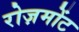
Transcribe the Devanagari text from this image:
रोज़मोंट